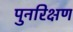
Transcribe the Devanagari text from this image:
पुनरिक्षण